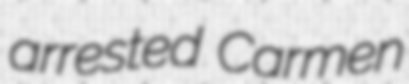
arrested Carmen